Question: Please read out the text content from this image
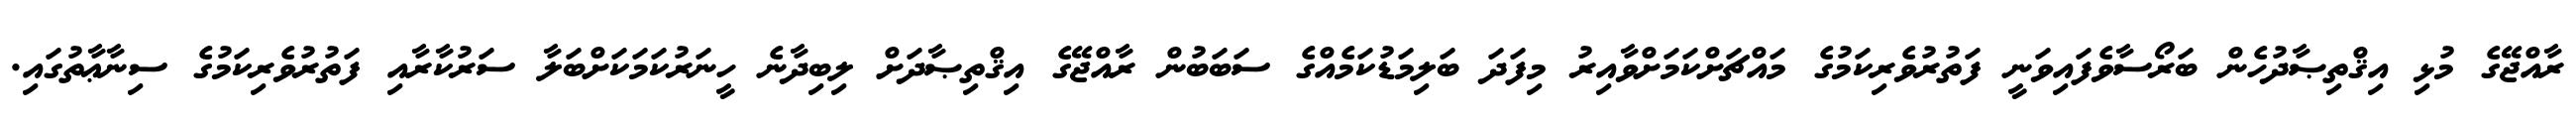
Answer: ރާއްޖޭގެ މުޅި އިޤްތިޞާދުހެން ބަރޯސާވެފައިވަނީ ފަތުރުވެރިކަމުގެ މައްޗަށްކަމަށްވާއިރު މިފަދަ ބަލިމަޑުކަމެއްގެ ސަބަބުން ރާއްޖޭގެ އިޤްތިޞާދަށް ލިބިދާނެ ހީނަރުކަމަކަށްބަލާ ސަރުކާރާއި ފަތުރުވެރިކަމުގެ ސިނާޢާތުގައި.